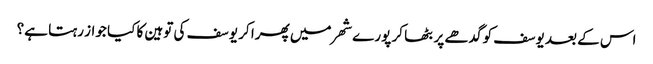
اس کے بعد یوسف کو گدھے پر بٹھا کر پورے شھر میں پھرا کر یوسف کی توہین کا کیا جواز رہتا ہے؟